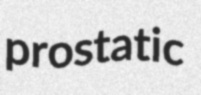
prostatic